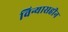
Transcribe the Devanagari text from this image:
विन्यासहीन